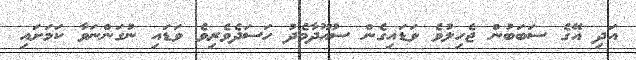
އަދި އޭގެ ސަބަބުން ޖެހިލުވެ ވަޑައިގެން ސުއޫދާމެދު ހަސަދެވެރިވެ ވަޑައި ނުގަންނަވާ ކަމަށައި